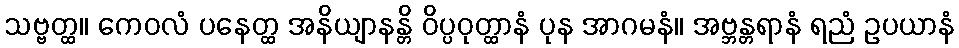
သဗ္ဗတ္ထ။ ကေဝလံ ပနေတ္ထ အနိယျာနန္တိ ဝိပ္ပဝုတ္ထာနံ ပုန အာဂမနံ။ အဗ္ဘန္တရာနံ ရညံ ဥပယာနံ